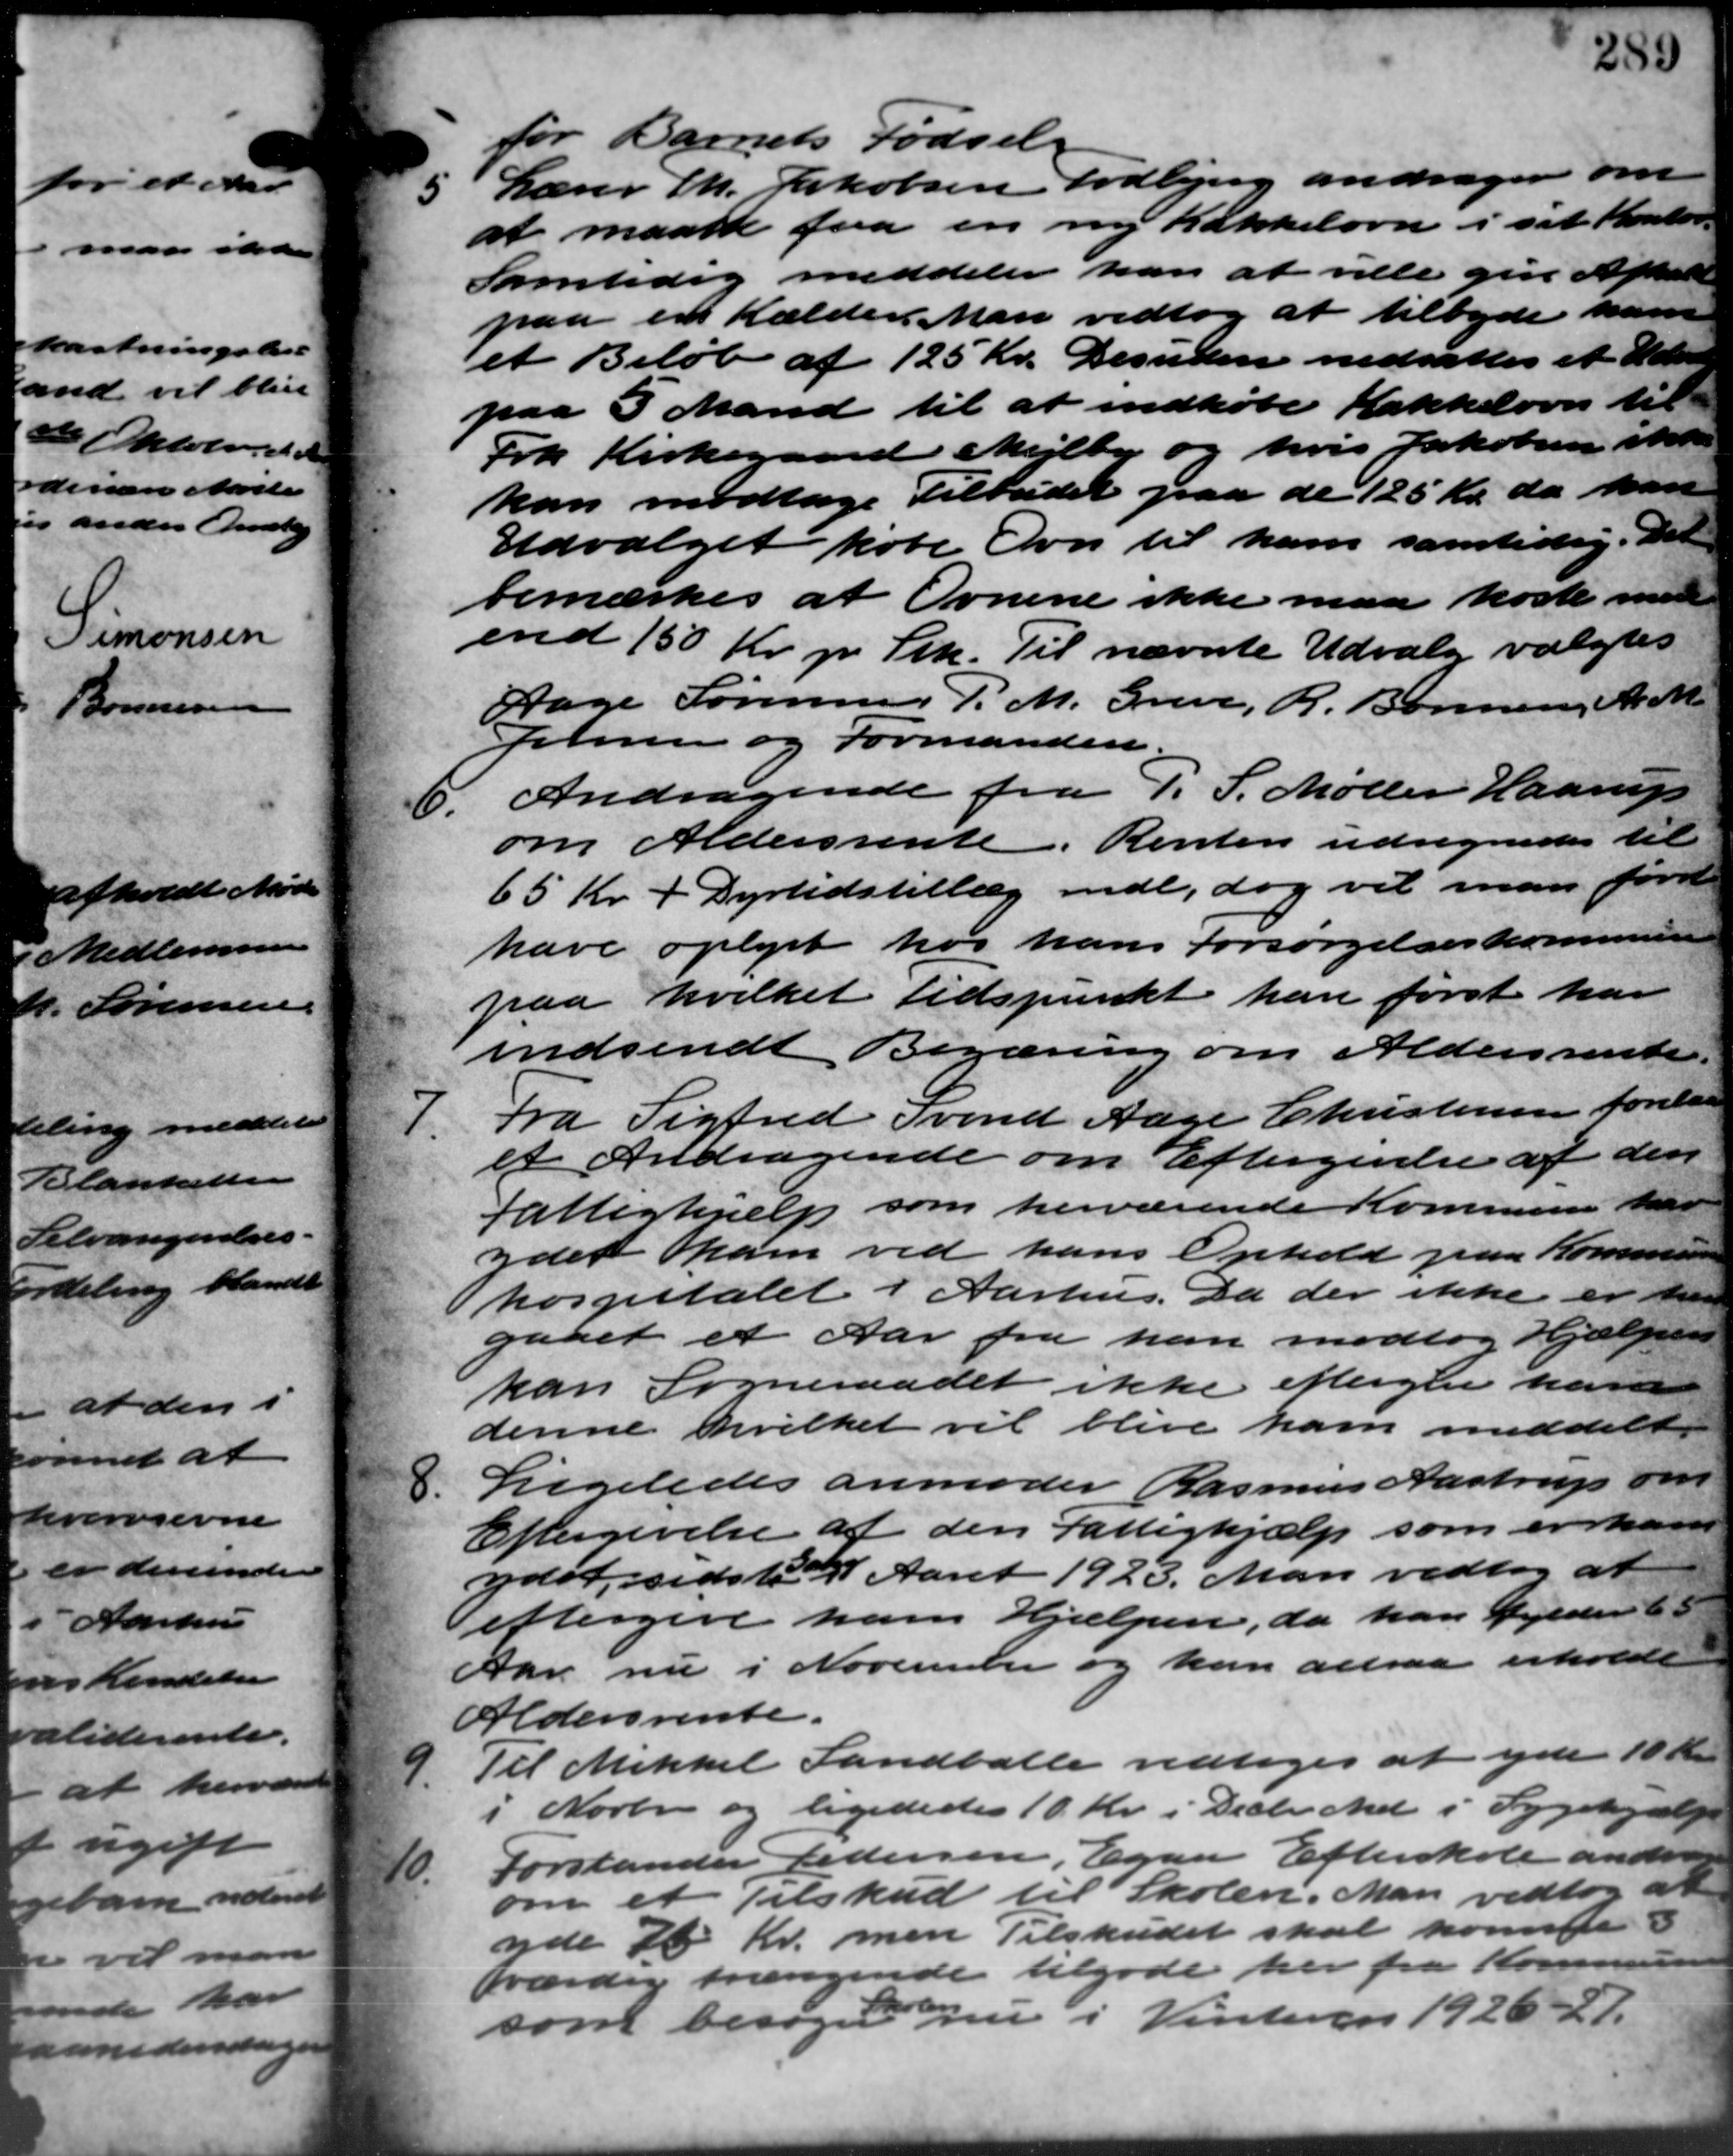
Transskription:
for Barnets Fødsels
5 Lærer Th. Jakobsen Todbjerg andrager om
5 Lærer Th. Jakobsen Todbjerg andrager om
at maatte faa en ny Kakkelovn i sit Kontor
Samtidig meddeler han at ville give Afhold
paa en Kælder Man vedtog at tilbyde ham
et Beløb af 125 Kr. Desuden nedsattes et Vede
paa 3 Mand til at indkøbe Kakkelovn til
Frk Kirkegaard Mejlby og hvis Jakobsen skal
kan modtage Tilbudet paa de 125 Kr. da han
Udvalget købe Ovn til ham samtidig. Det
bemærkes at Ovnene ikke maa koste med
ened 150 Kr. pr. Stk. Til nævnte Udvalg valgtes
Aage Sørensen P. M. Greve, R. Bonnesen A. M.
Jehn og Formanden.
6. Andragende fra P. S. Møller Haarup
6. Andragende fra P. S. Møller Haarup
om Aldersrente. Renten udregnedes til
65 Kr. + Dyrtidstillæg indl, dog vil man først
have oplyst hos hans Forsørgelseskommunen
paa hvilket tidspunkt han først har
indsendt Begæring om Aldersrente.
7.
Fra Sigfred Svend Aage Christensen forelaa
et Andragende om Eftergivelse af den
Fattighjælp som herværende Kommunen har
ydet ham ved hans Ophold paa Kommunen
hospitalet i Aarhus. Da der ikke er han
gaaet et Aar fra han modtog Hjælpen
kan Sogneraadet ikke eftergive ham
denne hvilket vil blive ham meddelt
8.
Ligeledes anmoder Rasmus Aastrup om
Eftergivelse af den Fattighjælp som er kand
ydet sidste Aaret 1923. Man vedtog at
eftergive ham Hjælpen, da han fylder
Aar nu i November og kun altsaa erholdte
Aldersrente.
9.
Til Mikkel Landballe vedtoges at yde 10 Kr
i Novbr og ligededes 10 Kr. i Decbr. Md. i Sygehjælp
40.
Forstander Pedersen, Egaa Efterskole andrage
om et Tilskud til Skolen. Man vedtog at
yde 25 Kr. men Tilskudet skal komme 3
værdig trængende tilgode her fra Kommu
som besøgerne i Vinteren 1926-27.